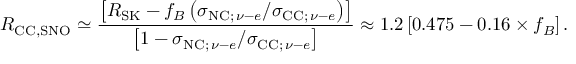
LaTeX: R _ { \mathrm { C C , S N O } } \simeq \frac { \left[ R _ { \mathrm { S K } } - f _ { B } \left( \sigma _ { \mathrm { N C ; } \, \nu - e } / \sigma _ { \mathrm { C C ; } \, \nu - e } \right) \right] } { \left[ 1 - \sigma _ { \mathrm { N C ; } \, \nu - e } / \sigma _ { \mathrm { C C ; } \, \nu - e } \right] } \approx 1 . 2 \left[ 0 . 4 7 5 - 0 . 1 6 \times f _ { B } \right] .